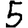
Digit: 5